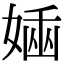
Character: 𡟢